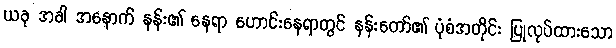
ယခု အခါ အနောက် နန်း၏ နေရာ ဟောင်းနေရာတွင် နန်းတော်၏ ပုံစံအတိုင်း ပြုလုပ်ထားသော